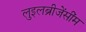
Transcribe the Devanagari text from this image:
लुइलब्रीजेंसींम